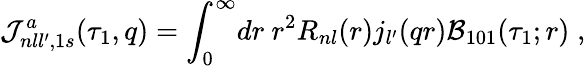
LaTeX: {\cal J}_{nll^{\prime},1s}^{a}(\tau_{1},q)={\int}_{0}^{\infty}dr\ r^{2}R_{nl}(r)j_{l^{\prime}}(qr){\cal B}_{101}(\tau_{1};r)\; ,